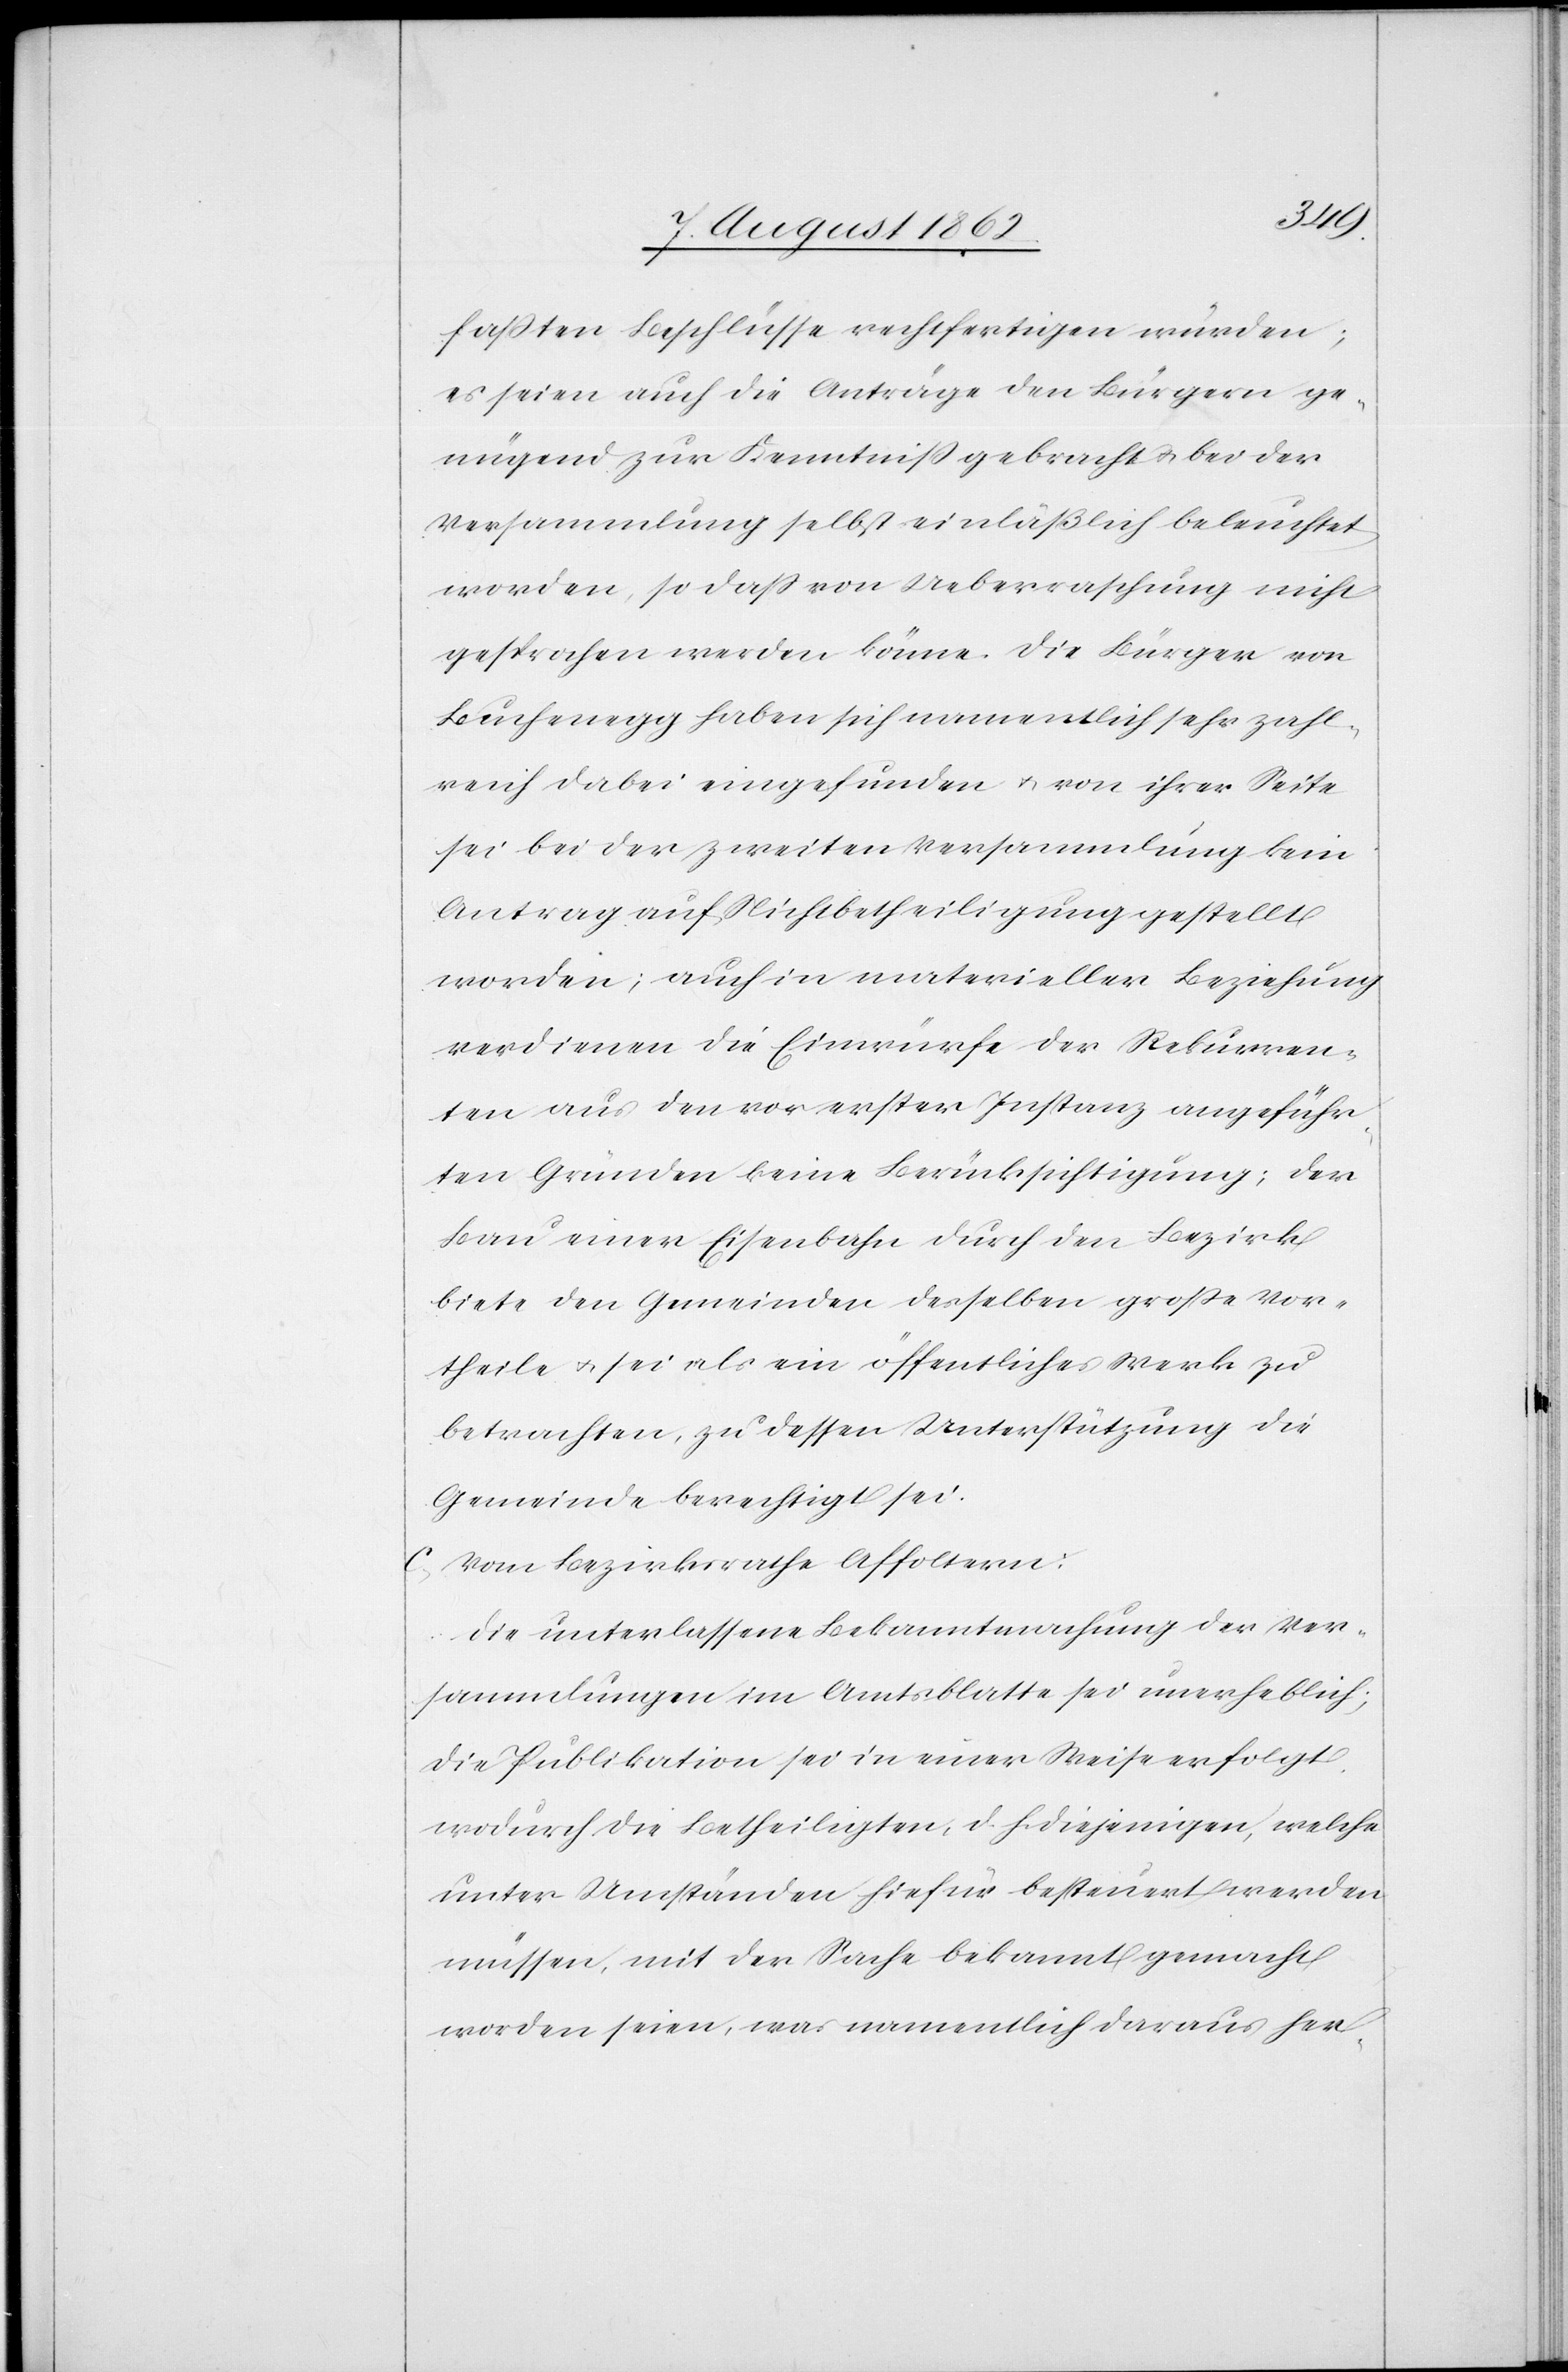
faßten Beschlüsse rechtfertigen würden;
es seien auch die Anträge den Bürgern ge¬
nügend zur Kenntniß gebracht u. bei der
Versammlung selbst einläßlich beleuchtet
worden, so daß von Ueberraschung nicht
gesprochen werden könne. Die Bürger von
Buchenegg haben sich namentlich sehr zahl¬
reich dabei eingefunden u. von ihrer Seite
sei bei der zweiten Versammlung kein
Antrag auf Nichtbetheiligung gestellt
worden; auch in materieller Beziehung
verdienen die Einwürfe der Rekurren¬
ten aus den vor erster Instanz angeführ¬
ten Gründen keine Berücksichtigung; der
Bau einer Eisenbahn durch den Bezirk
biete den Gemeinden desselben große Vor¬
theile u. sei als ein öffentliches Werk zu
betrachten, zu dessen Unterstützung die
Gemeinde berechtigt sei.
c. Vom Bezirksrathe Affoltern:
Die unterlassene Bekanntmachung der Ver¬
sammlungen im Amtsblatte sei unerheblich;
die Publikation sei in einer Weise erfolgt,
wodurch die Betheiligten, d. h. diejenigen, welche
unter Umständen hiefür besteuert werden
müssen, mit der Sache bekannt gemacht
worden seien, was namentlich daraus her-